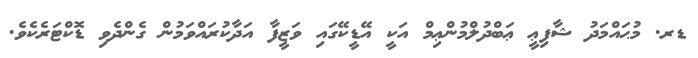
ޑރ. މުޙައްމަދު ޝާފިޢީ ޢަބްދުލްމުންޢިމް އަކީ އޭޑީކޭގައި ވަޒީފާ އަދާކުރައްވަމުން ގެންދެވި ޑޮކްޓަރެކެވެ.